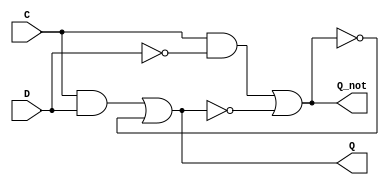
module d_latch(
	Q,
	Q_not,
	D,
	C
);
	output Q,Q_not;
	input D,C;
	wire a,b;
	
	assign a = C & D;
	assign b = C & (~D);
	assign Q = a | (~Q_not);
	assign Q_not = b | (~Q);
endmodule